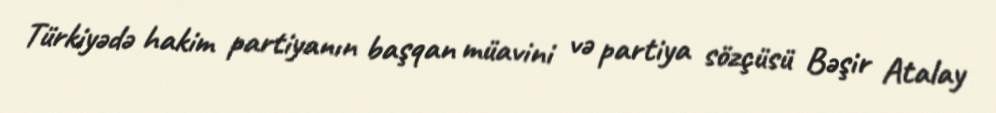
Türkiyədə hakim partiyanın başqan müavini və partiya sözçüsü Bəşir Atalay